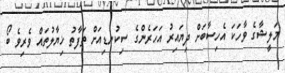
މަލީޝާގެ ވާހަކަ އެހިސާބަށް ދިޔައިރު އަހަރެންގެ ސިކުނޑިއަށް ތަފާތު ޚިޔާލުތައް ވެރިވެ ބޯ